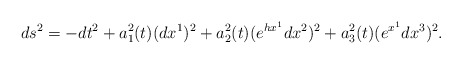
\begin{align*}ds^2=-dt^2+a_1^2(t)(dx^1)^2+a_2^2(t)(e^{hx^1}dx^2)^2+a_3^2(t)(e^{x^1}dx^3)^2. \end{align*}